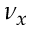
\nu _ { x }